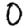
Digit: 0